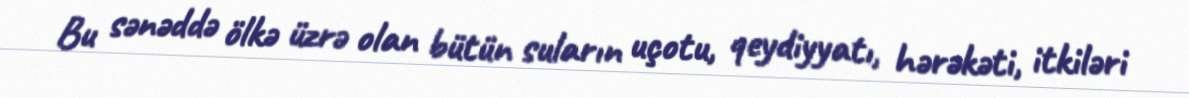
Bu sənəddə ölkə üzrə olan bütün suların uçotu, qeydiyyatı, hərəkəti, itkiləri